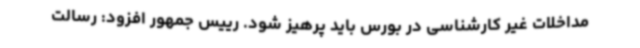
مداخلات غیر کارشناسی در بورس باید پرهیز شود. رییس جمهور افزود: رسالت